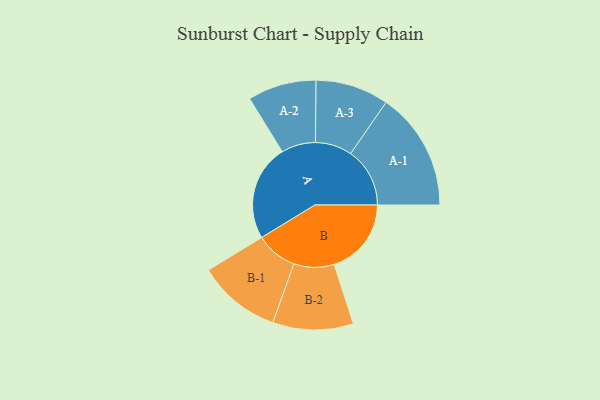
{"axis": {"x": "Segment", "y": "Value"}, "legend": ["", "A", "B"], "data": [{"x": "A", "y": 482, "type": ""}, {"x": "B", "y": 387, "type": ""}, {"x": "A-1", "y": 297, "type": "A"}, {"x": "A-2", "y": 172, "type": "A"}, {"x": "A-3", "y": 184, "type": "A"}, {"x": "B-1", "y": 209, "type": "B"}, {"x": "B-2", "y": 202, "type": "B"}]}